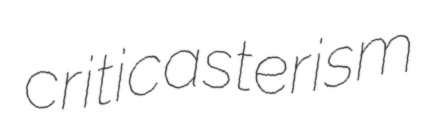
criticasterism